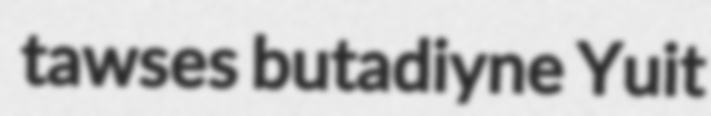
tawses butadiyne Yuit